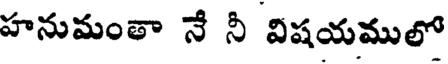
హనుమంతా నే నీ విషయములో